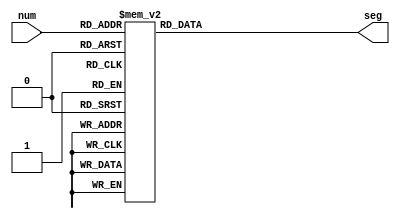
`timescale 1ns / 1ps

module segment(num,seg);
	input [3:0] num;
	output reg [7:0] seg;
    always @ (num) begin
        case (num)
		    4'b0000:seg = 8'b00000011;
		    4'b0001:seg = 8'b10011111;
		    4'b0010:seg = 8'b00100101;
		    4'b0011:seg = 8'b00001101;
		    4'b0100:seg = 8'b10011001;
		    4'b0101:seg = 8'b01001001;
		    4'b0110:seg = 8'b01000001;
		    4'b0111:seg = 8'b00011011;
		    4'b1000:seg = 8'b00000001;
		    4'b1001:seg = 8'b00001001;
           4'hF:   seg = 8'b11111111;
			default:seg=8'b1111_1111; 
        endcase
    end
endmodule //segmet